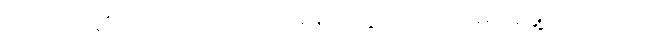
ကကြစို့ ဆိုတော့လည်း အတိမ်းအညွတ်၊ အယိမ်းအဖွဲ့ ကိုက်လို့။